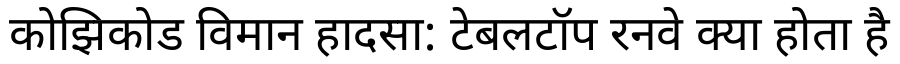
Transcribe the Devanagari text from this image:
कोझिकोड विमान हादसा: टेबलटॉप रनवे क्या होता है